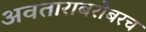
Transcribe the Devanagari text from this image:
अवताराबरोबरच